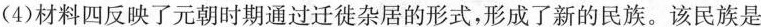
(4)材料四反映了元朝时期通过迁徙杂居的形式，形成了新的民族。该民族是